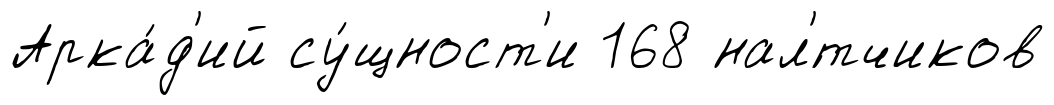
Арка́д'ий су́щност'и 168 нал'́тчиков